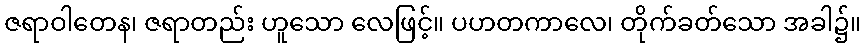
ဇရာဝါတေန၊ ဇရာတည်း ဟူသော လေဖြင့်။ ပဟတကာလေ၊ တိုက်ခတ်သော အခါ၌။